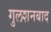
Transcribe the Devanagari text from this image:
गुलशनबाद